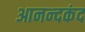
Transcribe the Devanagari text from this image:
आनन्‍दकंद